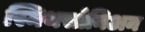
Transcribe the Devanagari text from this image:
स्मिथसोनिअन